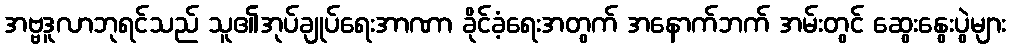
အဗ္ဗဒူလာဘုရင်သည် သူ၏အုပ်ချုပ်ရေးအာဏာ ခိုင်ခံ့ရေးအတွက် အနောက်ဘက် အမ်းတွင် ဆွေးနွေးပွဲများ